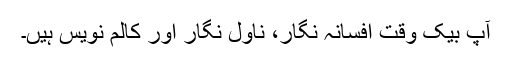
آپ بیک وقت افسانہ نگار، ناول نگار اور کالم نویس ہیں۔